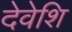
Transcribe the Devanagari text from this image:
देवेशि